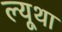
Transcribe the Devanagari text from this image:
ल्यूथा